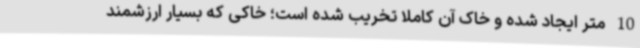
10 متر ایجاد شده و خاک آن کاملا تخریب شده‌ است؛ خاکی که بسیار ارزشمند